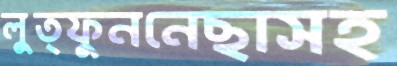
লুত্ফুননেছাসহ